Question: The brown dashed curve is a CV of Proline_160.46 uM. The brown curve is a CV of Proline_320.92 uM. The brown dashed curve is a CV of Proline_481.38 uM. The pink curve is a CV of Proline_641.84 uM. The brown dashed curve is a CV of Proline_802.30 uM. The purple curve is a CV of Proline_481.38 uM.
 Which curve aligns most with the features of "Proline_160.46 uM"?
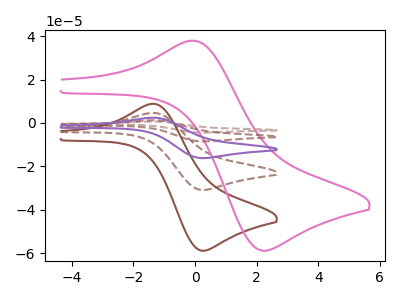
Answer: <think>The brown dashed curve "Proline_160.46 uM" has an anodic peak at (-1.30V, 4.60uA) and a cathodic peak at (0.25V, -30.90uA). The brown curve "Proline_320.92 uM" has an anodic peak at (-1.30V, 8.80uA) and a cathodic peak at (0.25V, -58.90uA). The brown dashed curve "Proline_481.38 uM" has an anodic peak at (-1.30V, 18.45uA) and a cathodic peak at (0.25V, -123.60uA). The pink curve "Proline_641.84 uM" has an anodic peak at (0.00V, 37.85uA) and a cathodic peak at (2.20V, -58.90uA). The brown dashed curve "Proline_802.30 uM" has an anodic peak at (-1.30V, 13.85uA) and a cathodic peak at (0.25V, -92.70uA). The purple curve "Proline_481.38 uM" has an anodic peak at (-1.30V, 9.20uA) and a cathodic peak at (0.25V, -61.80uA).
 All the peaks in "Proline_160.46 uM" have a peak in "Proline_320.92 uM" at the same potential. Every peak in "Proline_160.46 uM" is lower than every peak in "Proline_320.92 uM". All the peaks in "Proline_160.46 uM" have a peak in "Proline_481.38 uM" at the same potential. Every peak in "Proline_160.46 uM" is lower than every peak in "Proline_481.38 uM". "Proline_160.46 uM" and "Proline_641.84 uM" have at least one peak that do not match. All the peaks in "Proline_160.46 uM" have a peak in "Proline_802.30 uM" at the same potential. Every peak in "Proline_160.46 uM" is lower than every peak in "Proline_802.30 uM". All the peaks in "Proline_160.46 uM" have a peak in "Proline_481.38 uM" at the same potential. Every peak in "Proline_160.46 uM" is lower than every peak in "Proline_481.38 uM". All the peaks in "Proline_320.92 uM" have a peak in "Proline_481.38 uM" at the same potential. Every peak in "Proline_320.92 uM" is lower than every peak in "Proline_481.38 uM". "Proline_320.92 uM" and "Proline_641.84 uM" have at least one peak that do not match. All the peaks in "Proline_320.92 uM" have a peak in "Proline_802.30 uM" at the same potential. Every peak in "Proline_320.92 uM" is lower than every peak in "Proline_802.30 uM". All the peaks in "Proline_320.92 uM" have a peak in "Proline_481.38 uM" at the same potential. Every peak in "Proline_320.92 uM" is lower than every peak in "Proline_481.38 uM". "Proline_481.38 uM" and "Proline_641.84 uM" have at least one peak that do not match. All the peaks in "Proline_481.38 uM" have a peak in "Proline_802.30 uM" at the same potential. Every peak in "Proline_481.38 uM" is higher than every peak in "Proline_802.30 uM". All the peaks in "Proline_481.38 uM" have a peak in "Proline_481.38 uM" at the same potential. Every peak in "Proline_481.38 uM" is higher than every peak in "Proline_481.38 uM". "Proline_641.84 uM" and "Proline_802.30 uM" have at least one peak that do not match. "Proline_641.84 uM" and "Proline_481.38 uM" have at least one peak that do not match. All the peaks in "Proline_802.30 uM" have a peak in "Proline_481.38 uM" at the same potential. Every peak in "Proline_802.30 uM" is higher than every peak in "Proline_481.38 uM".</think>
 <answer>"Proline_160.46 uM", "Proline_481.38 uM", "Proline_802.30 uM" and "Proline_481.38 uM" have a similar shape to "Proline_320.92 uM".</answer>
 <eval>"Proline_160.46 uM" "Proline_481.38 uM" "Proline_802.30 uM" "Proline_481.38 uM"</eval>